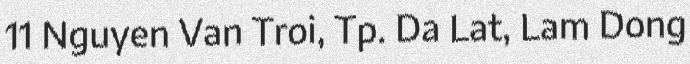
11 Nguyen Van Troi, Tp. Da Lat, Lam Dong